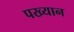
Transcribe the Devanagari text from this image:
पख्यान